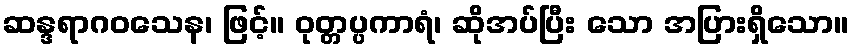
ဆန္ဒရာဂဝသေန၊ ဖြင့်။ ဝုတ္တပ္ပကာရံ၊ ဆိုအပ်ပြီး သော အပြားရှိသော။